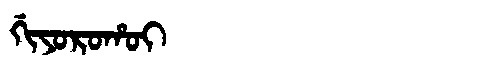
Manchu: ᡤᡳᠶᠣᡵᠣᡥᠣᡳ
Romanization: GIYOROHOI